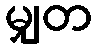
မျှတ